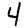
Digit: 4